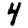
Digit: 4